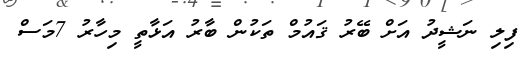
ފިލި ނަޝީދު އަށް ބޭރު ޤައުމް ތަކުން ބާރު އަޅާތީ މިހާރު 7މަސް